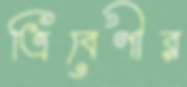
ত্রিবেণীর